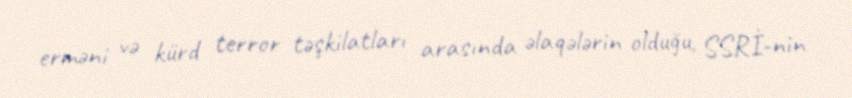
erməni və kürd terror təşkilatları arasında əlaqələrin olduğu, SSRİ-nin